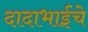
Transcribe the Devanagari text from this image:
दादाभाईंचे